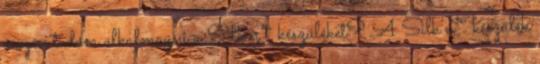
részén tudom alkalmazni a Silk‘n™ készüléket? A Silk’n™ készülék